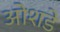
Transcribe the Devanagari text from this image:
ओशडे